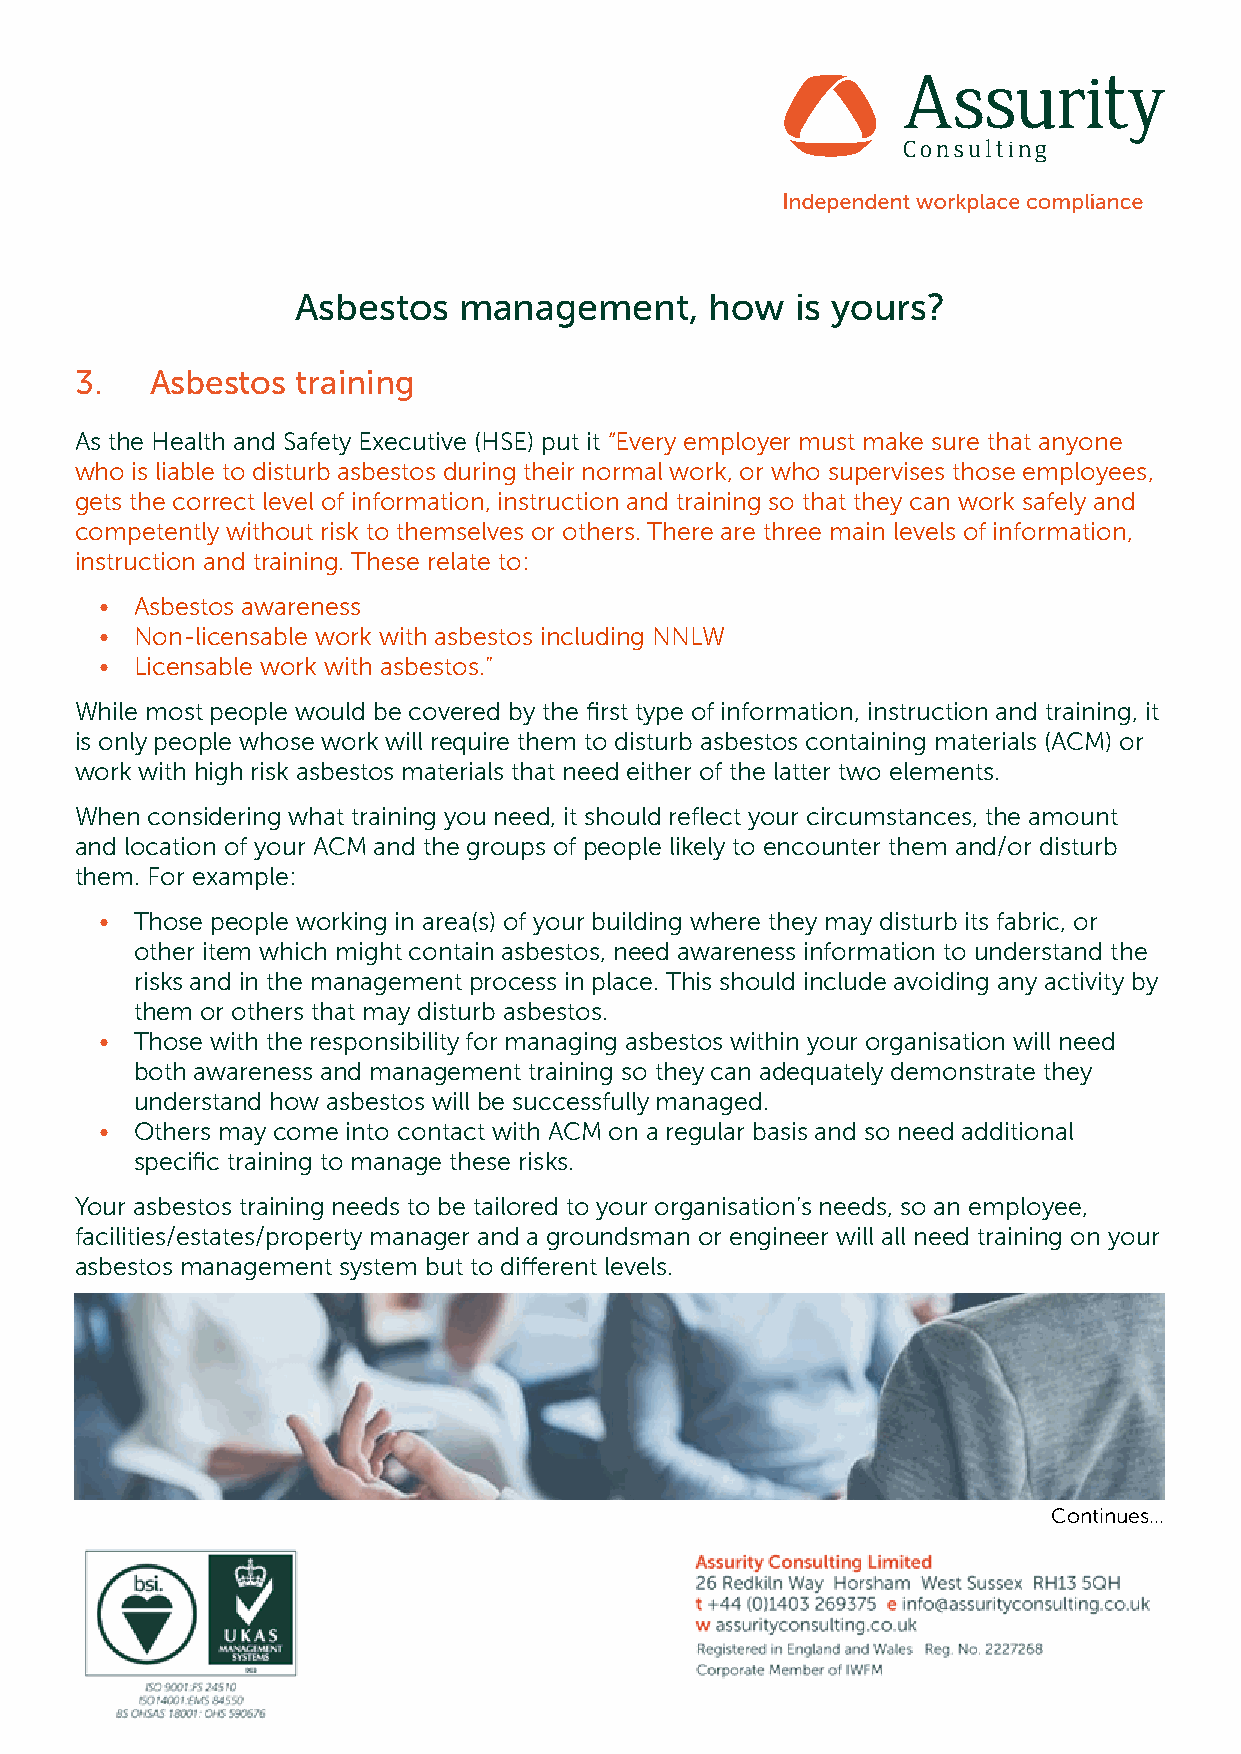
Asbestos  management,      how   is yours?
 3.   Asbestos  training
 As the Health and Safety Executive (HSE) put it “Every employer must make sure that anyone
 who is liable to disturb asbestos during their normal work, or who supervises those employees,
 gets the correct level of information, instruction and training so that they can work safely and
 competently without risk to themselves or others. There are three main levels of information,
 instruction and training. These relate to:
 • Asbestos awareness
 • Non-licensable work with asbestos including NNLW
 • Licensable work with asbestos.”
 While most people would be covered by the first type of information, instruction and training, it
 is only people whose work will require them to disturb asbestos containing materials (ACM) or
 work with high risk asbestos materials that need either of the latter two elements.
 When considering what training you need, it should reflect your circumstances, the amount
 and location of your ACM and the groups of people likely to encounter them and/or disturb
 them. For example:
 • Those people working in area(s) of your building where they may disturb its fabric, or
 other item which might contain asbestos, need awareness information to understand the
 risks and in the management process in place. This should include avoiding any activity by
 them or others that may disturb asbestos.
 • Those with the responsibility for managing asbestos within your organisation will need
 both awareness and management training so they can adequately demonstrate they
 understand how asbestos will be successfully managed.
 • Others may come into contact with ACM on a regular basis and so need additional
 specific training to manage these risks.
 Your asbestos training needs to be tailored to your organisation’s needs, so an employee,
 facilities/estates/property manager and a groundsman or engineer will all need training on your
 asbestos management system but to different levels.
 Continues...